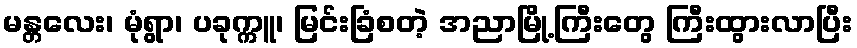
မန္တလေး၊ မုံရွာ၊ ပခုက္ကူ၊ မြင်းခြံစတဲ့ အညာမြို့ကြီးတွေ ကြီးထွားလာပြီး